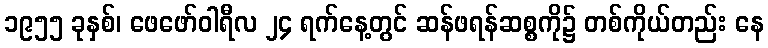
၁၉၅၅ ခုနှစ်၊ ဖေဖော်ဝါရီလ ၂၄ ရက်နေ့တွင် ဆန်ဖရန်ဆစ္စကို၌ တစ်ကိုယ်တည်း နေ